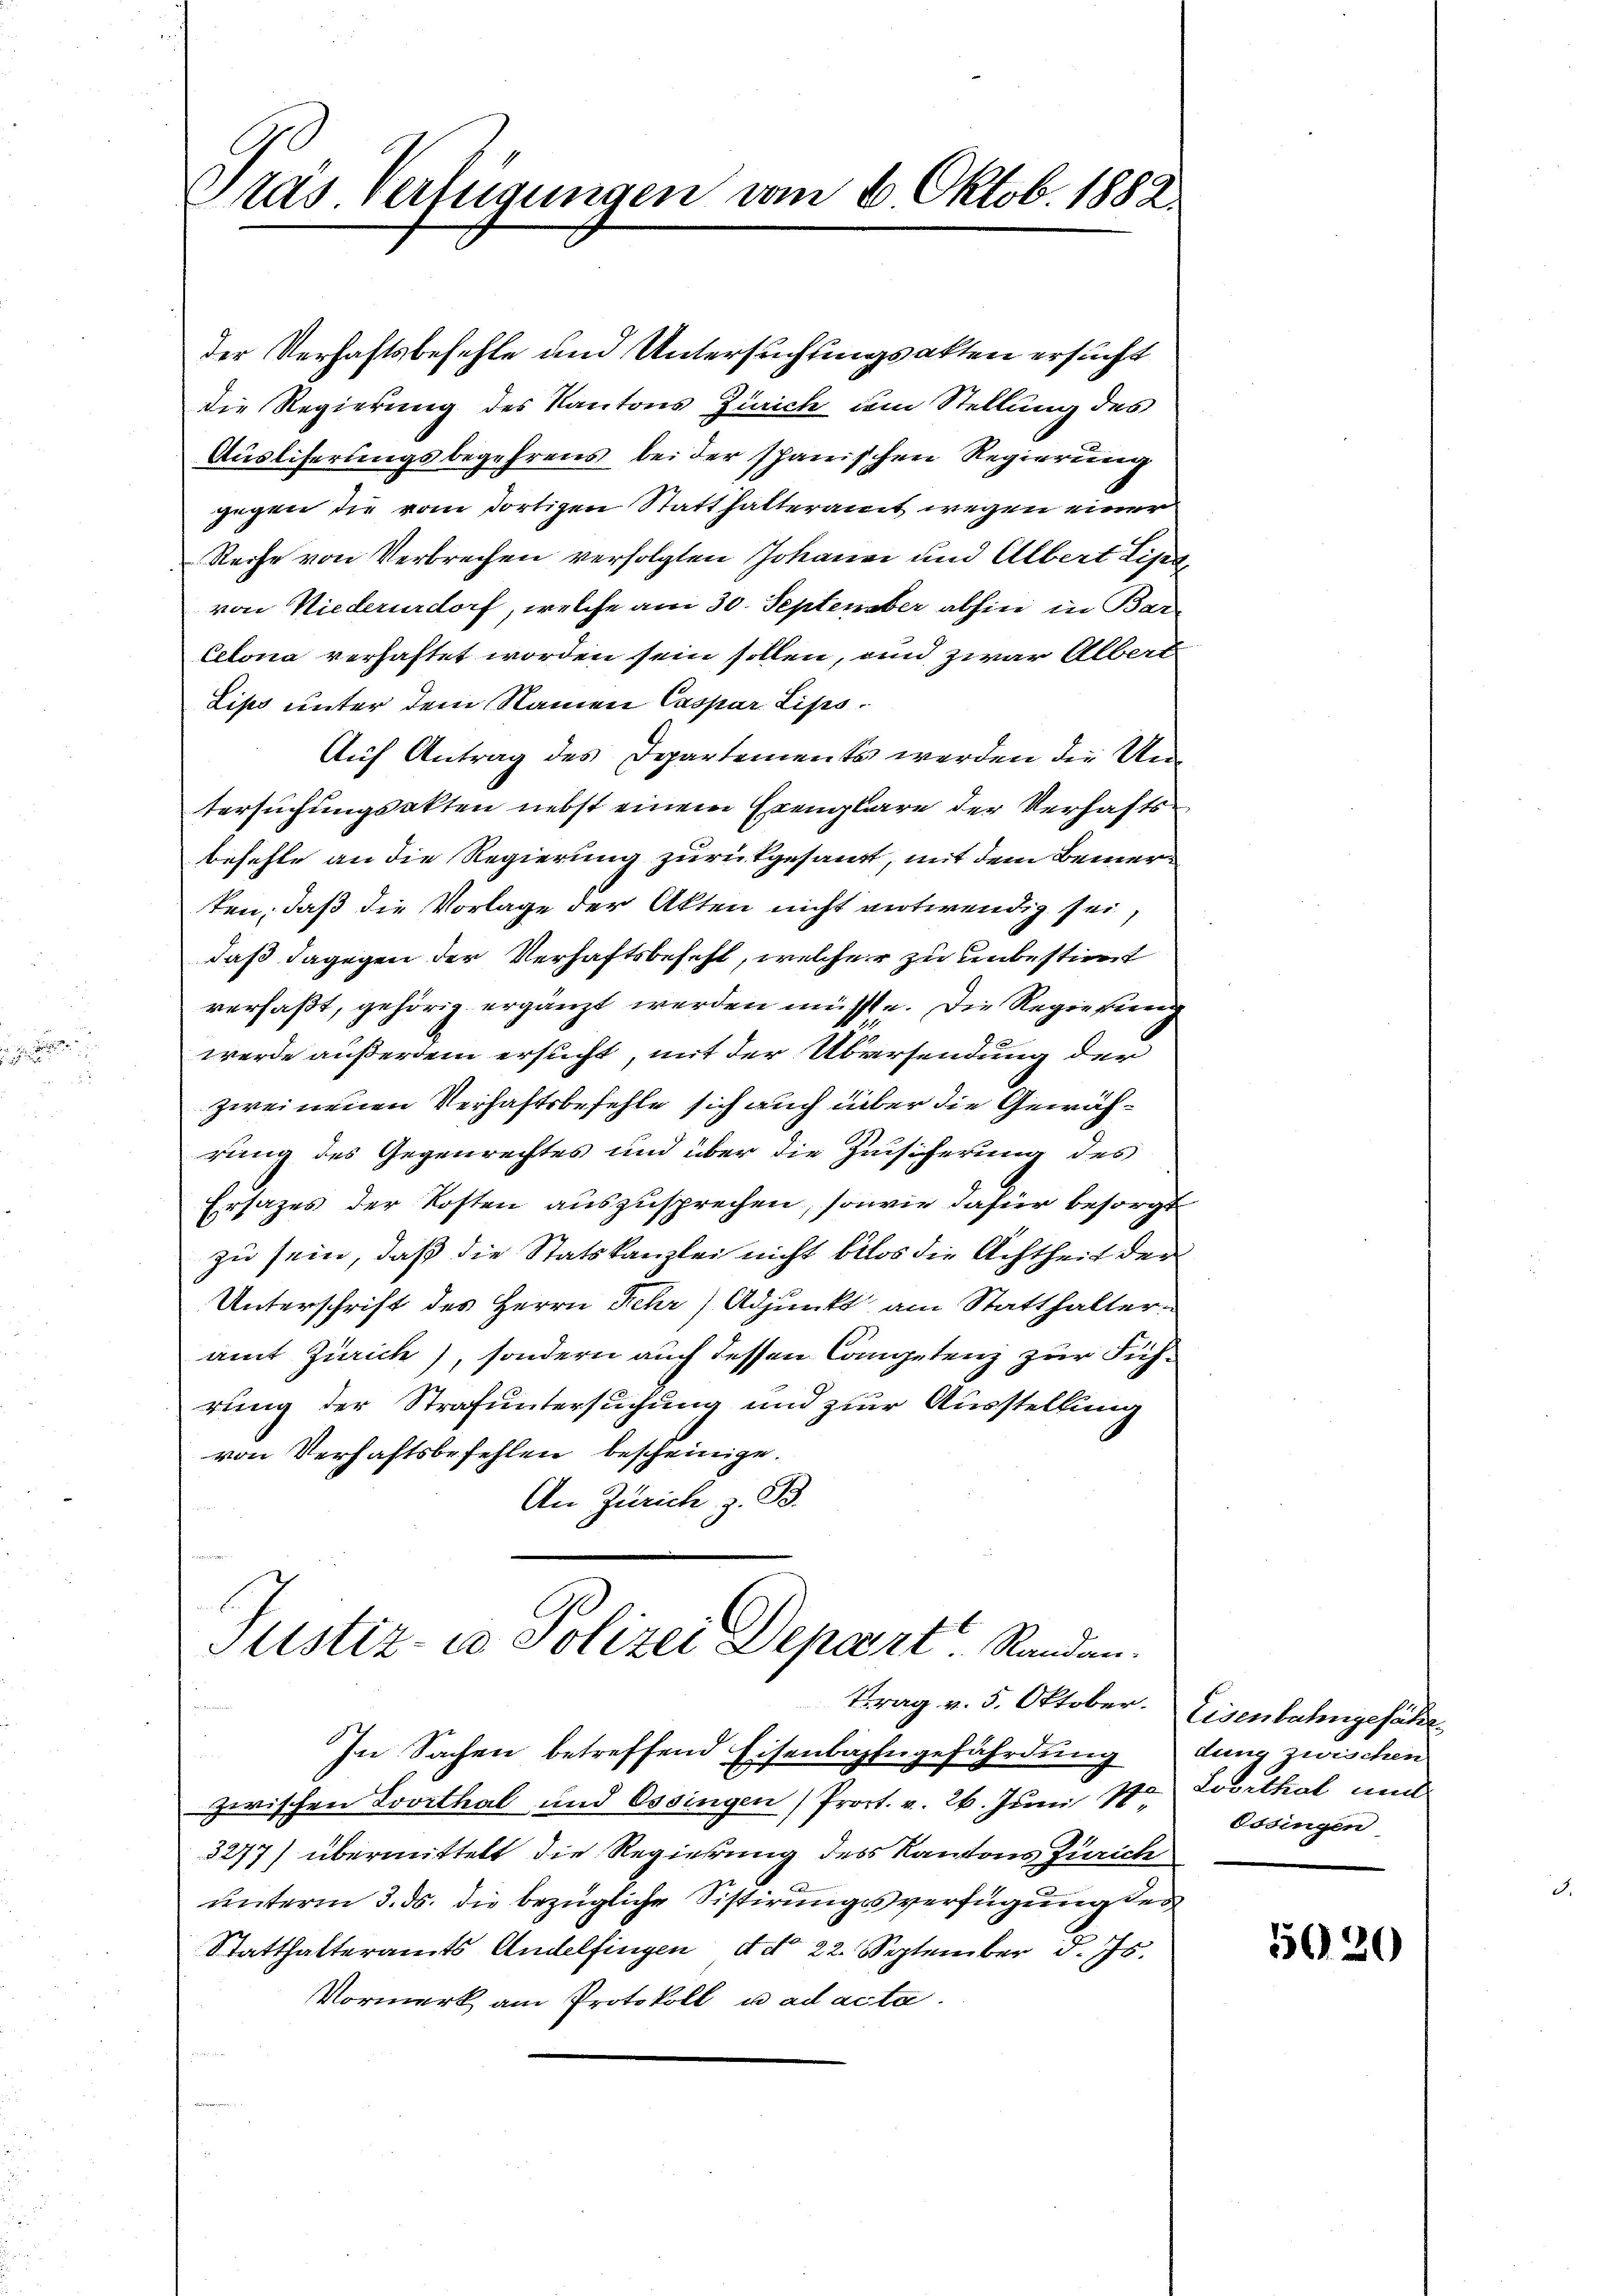
Gras Verfügungen vom 6. Oktob. 1882

der Verhaftsbefehle und Untersuchungsakten ersucht
die Regierung des Kantons Zürich dem Stellung des
Ausliserungsbegehrens bei der spanischen Regierung
gegen die vom dortigen Statthalteramt wegen einer
Reihe von Verbrechen verfolgten Johanne und Albert Lisa
von Niederurdorf, welche am 30. September abhin in Bar
Celona verhaftet worden sein sollen, und zwar Albert
Lips unter dem Namen Caspar Lips
Auf Antrag des Departemente werden die Untersuchungsakten nebst einem Ereigbare der Verhaftsbehefte an die Regierung zurückgesandt, mit dem Bemerten, daß die Vorlage der Akten nicht entwendig sei,
daß dagegen der Verhaftsbefest, welcher zu unbestimmt
verfaßt, gehörig ergänzt werden müsste. Die Regierung
werde außerdem ersucht, mit der Übersendung der
zweinenen Verhaftsbefehle sich auch über die Gewährung des Gegenrechtes und über die Zuscherung des
Ersatzes der Kosten auszusprechen, sowie dafür besorgt
zu sein, daß die Statskanzlei nicht blos die Achtheit der
Unterschrift des Herrn Fehr) Adjunkt am Statthalteramt Zürich), sondern auch dessen Competenz zur Führung der Strafuntersuchung und zur Ausstellung
von Verhaftsbefehlen bescheinige.
An Zürich z. B.

Justiz- co Polizei Depart. Randen.
Trag v. 5. Oktober.

In Sachen betreffend Eisenbahngefährdung
zwischen Lovithal und Ossingen (Proct. v. 26. Juni 18
3277) übermittelt die Regierung des Kantons Zürich
unterm 3. ds. die bezügliche Sistirungsverfügung des
Statthalteramts Andelfingen d d. 22. September d. Js.
Vormerk am Protokoll u ad acta.

Eisenbahngefähr
dung zwischen
Lovethal mit
Ossingen

5020